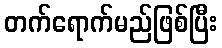
တက်ရောက်မည်ဖြစ်ပြီး